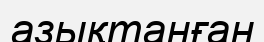
азықтанған